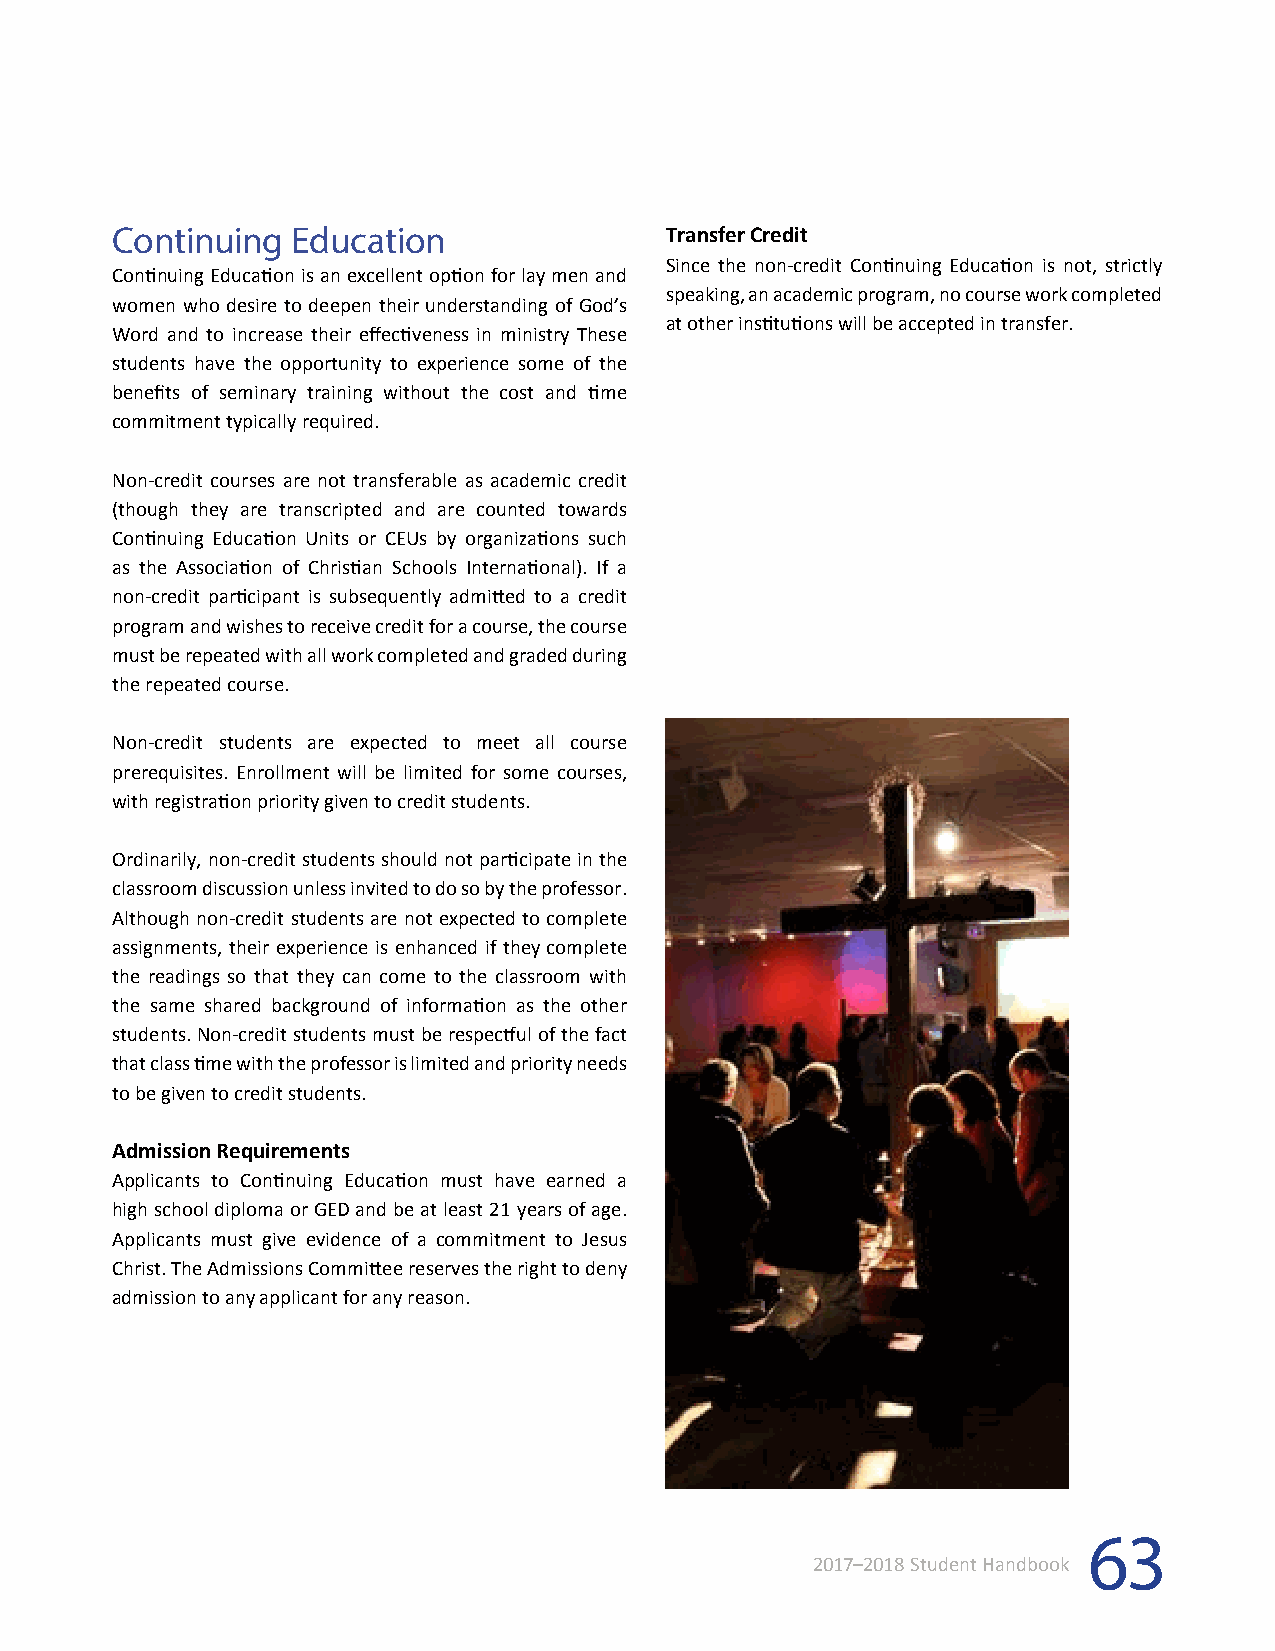
Continuing  Education                Transfer Credit
 Since the non-credit Continuing Education is not, strictly
 Continuing Education is an excellent option for lay men and
 speaking, an academic program, no course work completed
 women who desire to deepen their understanding of God’s
 at other institutions will be accepted in transfer.
 Word and to increase their effectiveness in ministry These
 students have the opportunity to experience some of the
 benefits of seminary training without the cost and time
 commitment typically required.
 Non-credit courses are not transferable as academic credit
 (though they are transcripted and are counted towards
 Continuing Education Units or CEUs by organizations such
 as the Association of Christian Schools International). If a
 non-credit participant is subsequently admitted to a credit
 program and wishes to receive credit for a course, the course
 must be repeated with all work completed and graded during
 the repeated course.
 Non-credit students are expected to meet all course
 prerequisites. Enrollment will be limited for some courses,
 with registration priority given to credit students.
 Ordinarily, non-credit students should not participate in the
 classroom discussion unless invited to do so by the professor.
 Although non-credit students are not expected to complete
 assignments, their experience is enhanced if they complete
 the readings so that they can come to the classroom with
 the same shared background of information as the other
 students. Non-credit students must be respectful of the fact
 that class time with the professor is limited and priority needs
 to be given to credit students.
 Admission Requirements
 Applicants to Continuing Education must have earned a
 high school diploma or GED and be at least 21 years of age.
 Applicants must give evidence of a commitment to Jesus
 Christ. The Admissions Committee reserves the right to deny
 admission to any applicant for any reason.
 63
 2017–2018 Student Handbook